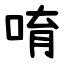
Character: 唷